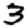
Digit: 3